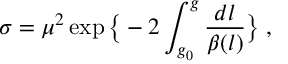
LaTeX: \sigma = \mu ^ { 2 } \exp \big \{ - 2 \int _ { g _ { 0 } } ^ { g } \frac { d l } { \beta ( l ) } \big \} \; ,